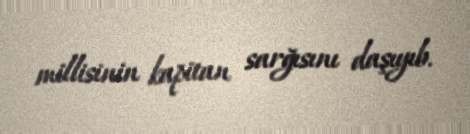
millisinin kapitan sarğısını daşıyıb.